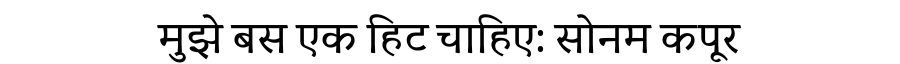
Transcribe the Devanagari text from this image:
मुझे बस एक हिट चाहिए: सोनम कपूर